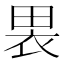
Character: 𫞫